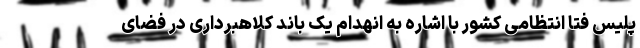
پلیس فتا انتظامی کشور با اشاره به انهدام یک باند کلاهبرداری در فضای